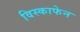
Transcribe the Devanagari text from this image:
विस्काफेन